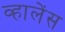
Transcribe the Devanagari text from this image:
व्हालेंस